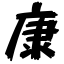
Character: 康